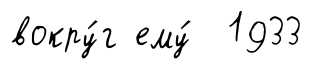
вокру́г ему́ 1933